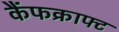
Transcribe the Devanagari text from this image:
कैंफक्राफ्ट